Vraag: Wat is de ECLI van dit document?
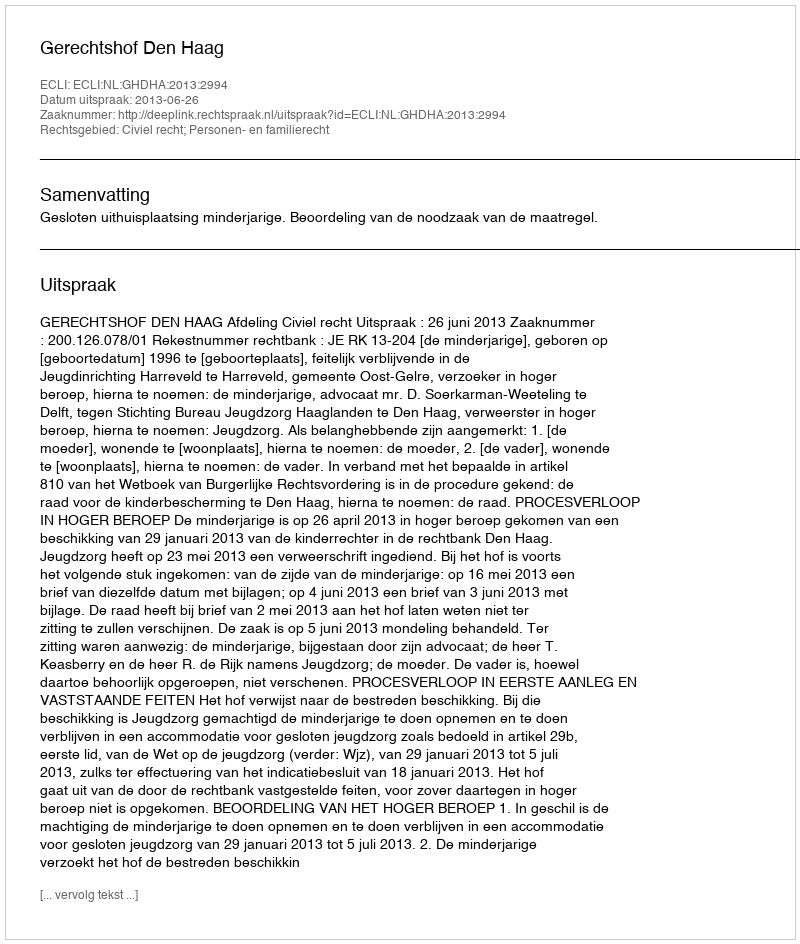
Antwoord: ECLI:NL:GHDHA:2013:2994